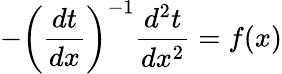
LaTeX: -\left({\frac{dt}{dx}}\right)^{-1}{\frac{d^{2}t}{dx^{2}}}=f(x)